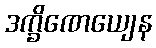
ဒက္ခိဏေယျေန